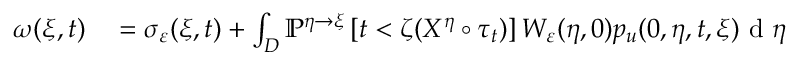
\begin{array} { r l } { \omega ( \xi , t ) } & { { } = \sigma _ { \varepsilon } ( \xi , t ) + \int _ { D } \mathbb { P } ^ { \eta \rightarrow \xi } \left[ t < \zeta ( X ^ { \eta } \circ \tau _ { t } ) \right] W _ { \varepsilon } ( \eta , 0 ) p _ { u } ( 0 , \eta , t , \xi ) \textrm { d } \eta } \end{array}